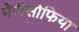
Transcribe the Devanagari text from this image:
मेरीसोफिया